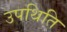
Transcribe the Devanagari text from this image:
उपथिति